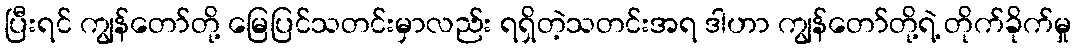
ပြီးရင် ကျွန်တော်တို့ မြေပြင်သတင်းမှာလည်း ရရှိတဲ့သတင်းအရ ဒါဟာ ကျွန်တော်တို့ရဲ့ တိုက်ခိုက်မှု